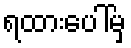
ရထားပေါ်မှ